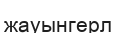
жауынгерл